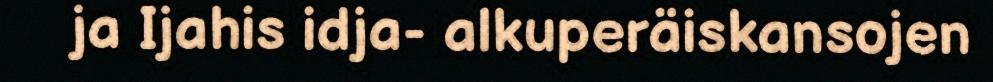
ja Ijahis idja- alkuperäiskansojen